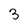
Character: 3